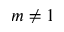
m \neq 1